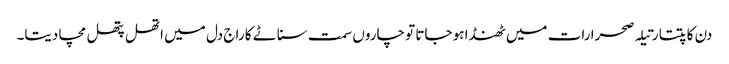
دن کاتپتا رتیلہ صحرا رات میں ٹھنڈا ہو جاتا تو چاروں سمت سناٹے کا راج دل میں اتھل پتھل مچا دیتا۔